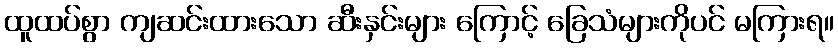
ထူထပ်စွာ ကျဆင်းထားသော ဆီးနှင်းများ ကြောင့် ခြေသံများကိုပင် မကြားရ။